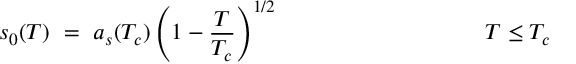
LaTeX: s _ { 0 } ( T ) ~ = ~ a _ { s } ( T _ { c } ) \left( 1 - { \frac { T } { T _ { c } } } \right) ^ { 1 / 2 } ~ ~ ~ ~ ~ ~ ~ ~ ~ ~ ~ ~ ~ ~ ~ ~ ~ ~ ~ ~ ~ ~ ~ ~ ~ ~ ~ T \leq T _ { c }